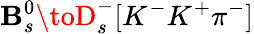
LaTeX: \mathbf{B}_{s}^{0}\toD_{s}^{-}[K^{-}K^{+}\pi^{-}]